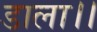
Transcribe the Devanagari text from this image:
डाला।।